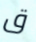
ق